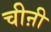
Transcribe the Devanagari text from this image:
चीऩी